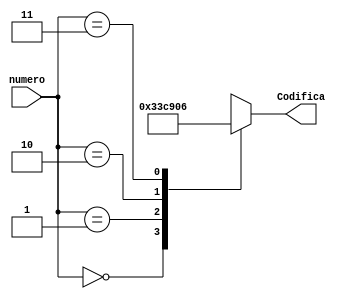
`timescale 1ns / 1ps
//////////////////////////////////////////////////////////////////////////////////
// Company: 
// Engineer: 
// 
// Design Name: 
// Module Name:    Codificadorsietesegmentos 
// Project Name: 
// Target Devices: 
// Tool versions: 
// Description: 
//
// Dependencies: 
//
// Revision: 
// Revision 0.01 - File Created
// Additional Comments: 
//
//////////////////////////////////////////////////////////////////////////////////
module Codificadorsietesegmentos(numero,Codifica);
		input [1:0] numero;
      output reg [6:0] Codifica;
		
		reg[6:0] Codificar;

always@(*)
begin 
case(numero)
				                     /*   abcdefg*/
				2'b00 : Codificar  = 7'b0000001;//0
				2'b01 : Codificar  = 7'b1001111;//1
				2'b10 : Codificar  = 7'b0010010;//2
				2'b11 : Codificar  = 7'b0000110;//3
				
				default Codificar =7'bxxxxxxx;
				
				endcase
				
				Codifica = Codificar;
end
   


endmodule